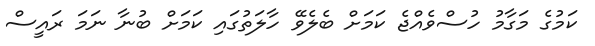
ކަމުގެ މަގާމު ހުސްވެއްޖެ ކަމަށް ބެލެވޭ ހާލަތުގައި ކަމަށް ބުނާ ނަމަ ރައީސް